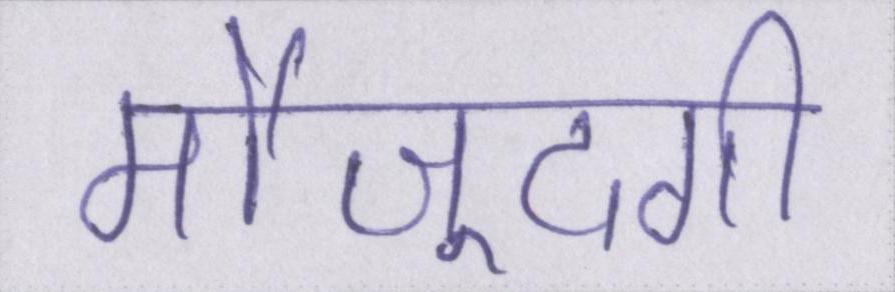
मौजूदगी